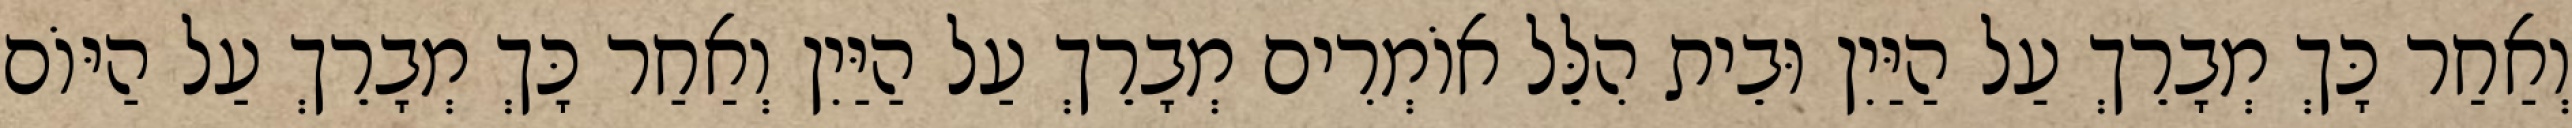
וְאַחַר כָּךְ מְבָרֵךְ עַל הַיַּיִן וּבֵית הִלֵּל אוֹמְרִים מְבָרֵךְ עַל הַיַּיִן וְאַחַר כָּךְ מְבָרֵךְ עַל הַיּוֹם